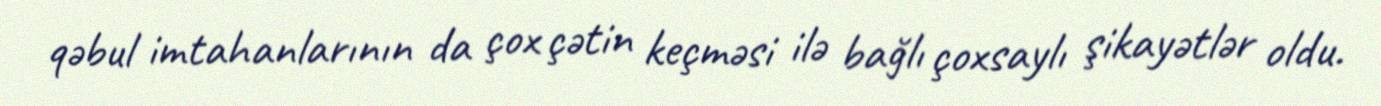
qəbul imtahanlarının da çox çətin keçməsi ilə bağlı çoxsaylı şikayətlər oldu.